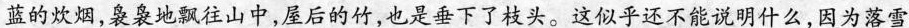
蓝的炊烟，袅袅地飘往山中，屋后的竹，也是垂下了枝头。这似乎还不能说明什么，因为落雪